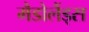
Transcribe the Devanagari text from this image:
मैडोलैंड्स